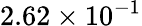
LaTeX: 2.62\times 10^{-1}